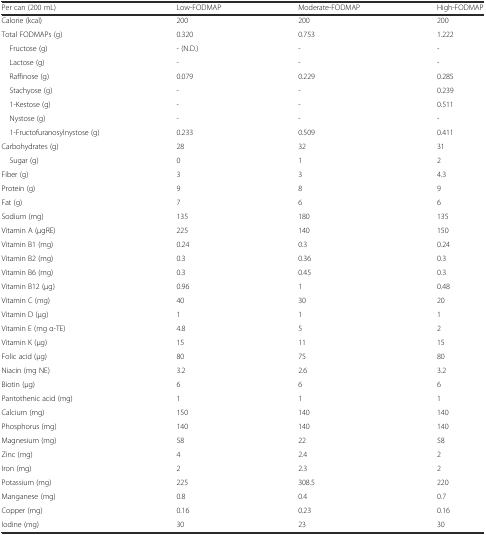
| Per can (200 mL) | Low-FODMAP | Moderate-FODMAP | High-FODMAP |
 | --- | --- | --- | --- |
 | Calorie (kcal) | 200 | 200 | 200 |
 | Total FODMAPs (g) | 0.320 | 0.753 | 1.222 |
 | Fructose (g) | - (N.D.) | - | - |
 | Lactose (g) | - | - | - |
 | Raffinose (g) | 0.079 | 0.229 | 0.285 |
 | Stachyose (g) | - | - | 0.239 |
 | 1-Kestose (g) | - | - | 0.511 |
 | Nystose (g) | - | - | - |
 | 1-Fructofuranosylnystose (g) | 0.233 | 0.509 | 0.411 |
 | Carbohydrates (g) | 28 | 32 | 31 |
 | Sugar (g) | 0 | 1 | 2 |
 | Fiber (g) | 3 | 3 | 4.3 |
 | Protein (g) | 9 | 8 | 9 |
 | Fat (g) | 7 | 6 | 6 |
 | Sodium (mg) | 135 | 180 | 135 |
 | Vitamin A (μgRE) | 225 | 140 | 150 |
 | Vitamin B1 (mg) | 0.24 | 0.3 | 0.24 |
 | Vitamin B2 (mg) | 0.3 | 0.36 | 0.3 |
 | Vitamin B6 (mg) | 0.3 | 0.45 | 0.3 |
 | Vitamin B12 (μg) | 0.96 | 1 | 0.48 |
 | Vitamin C (mg) | 40 | 30 | 20 |
 | Vitamin D (μg) | 1 | 1 | 1 |
 | Vitamin E (mg α-TE) | 4.8 | 5 | 2 |
 | Vitamin K (μg) | 15 | 11 | 15 |
 | Folic acid (μg) | 80 | 75 | 80 |
 | Niacin (mg NE) | 3.2 | 2.6 | 3.2 |
 | Biotin (μg) | 6 | 6 | 6 |
 | Pantothenic acid (mg) | 1 | 1 | 1 |
 | Calcium (mg) | 150 | 140 | 140 |
 | Phosphorus (mg) | 140 | 140 | 140 |
 | Magnesium (mg) | 58 | 22 | 58 |
 | Zinc (mg) | 4 | 2.4 | 2 |
 | Iron (mg) | 2 | 2.3 | 2 |
 | Potassium (mg) | 225 | 308.5 | 220 |
 | Manganese (mg) | 0.8 | 0.4 | 0.7 |
 | Copper (mg) | 0.16 | 0.23 | 0.16 |
 | Iodine (mg) | 30 | 23 | 30 |